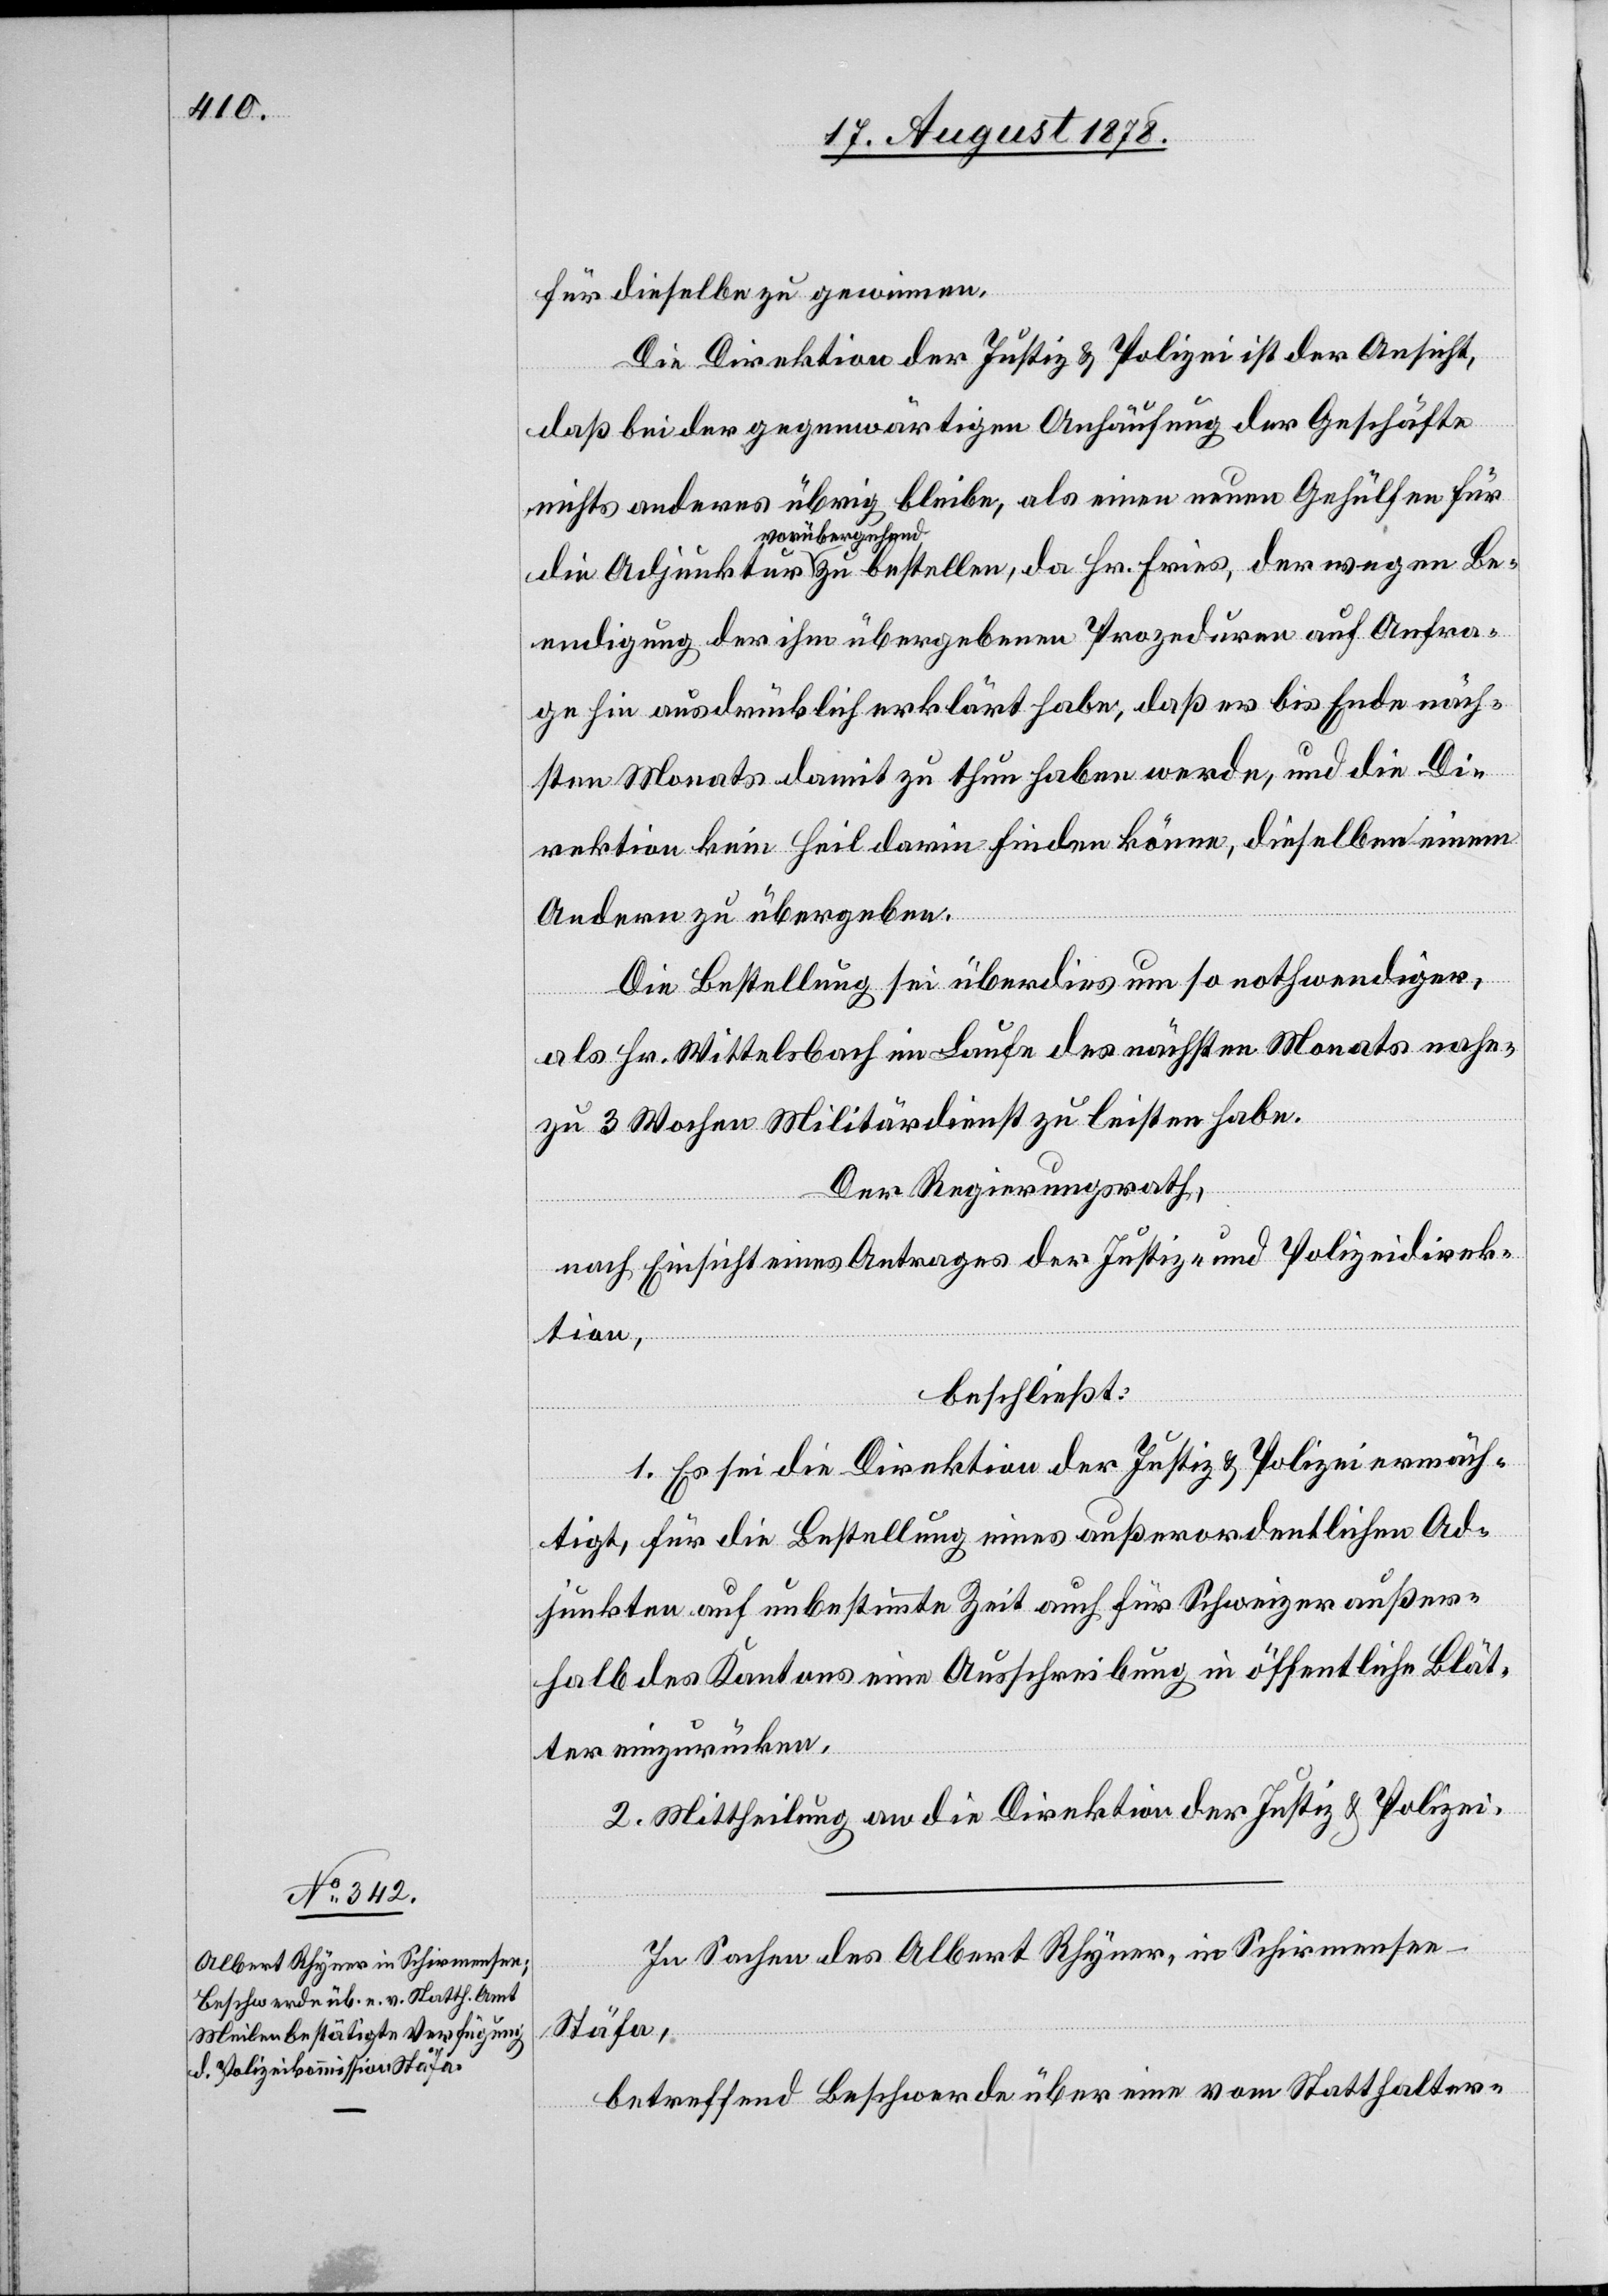
für dieselbe zu gewinnen.
Die Direktion der Justiz & Polizei ist der Ansicht,
daß bei der gegenwärtigen Anhäufung der Geschäfte
nichts anderes übrig bleibe, als einen neuen Gehülfen für
vorübergehend
Beendigung der ihm übergebenen Prozeduren auf Anfra¬
ge hin ausdrücklich erklärt habe, daß er bis Ende näch¬
sten Monats damit zu thun haben werde, und die Di¬
rektion kein Heil darin finden könne, dieselben einem
Anderen zu übergeben.
Die Bestellung sei überdies um so nothwendiger,
als Hr. Wittelsbach im Laufe des nächsten Monats nahe¬
zu 3 Wochen Militärdienst zu leisten habe.
Der Regierungsrath,
nach Einsicht eines Antrages der Justiz- & Polizeidirek¬
tion,
beschließt:
1. Es sei die Direktion der Justiz & Polizei ermäch¬
tigt, für die Bestellung eines außerordentlichen Ad¬
junkten auf unbestimmte Zeit auch für Schweizer außer¬
halb des Kantons eine Ausschreibung in öffentliche Blät¬
ter einzurücken.
2. Mittheilung an die Direktion der Justiz & Polizei.
In Sachen des Albert Rhyner, in Schirmensee
Stäfa,
betreffend Beschwerde über eine vom Statthalter-